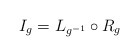
\begin{align*}I_{g}=L_{g^{-1}}\circ R_{g} \end{align*}